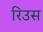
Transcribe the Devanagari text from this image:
रिउस